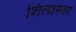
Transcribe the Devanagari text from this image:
शिलास्तर